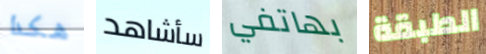
هكذا سأشاهد بهاتفي الطبقة